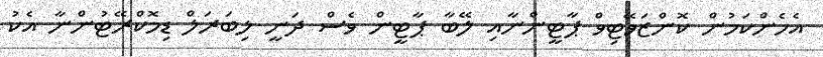
އެހެންކަމުން ކޮންޒަވޭޓިވް ޕާޓީންނާއި ލޭބާ ޕާޓީން ވެސް ދަނީ ލިބަރަލް ޑިމޮކްރޭޓުންނާ އެކު